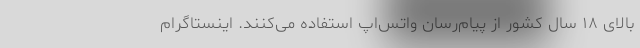
بالای ۱۸ سال کشور از پیام‌رسان واتس‌اپ استفاده می‌کنند. اینستاگرام